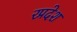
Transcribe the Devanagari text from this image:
रप्रदेश